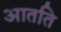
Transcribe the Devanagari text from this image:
आतति